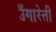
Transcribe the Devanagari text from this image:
उँगारेत्ती